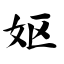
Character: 妪